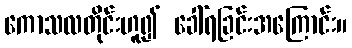
ကောသလတိုင်းဟူ၍ ခေါ်ရခြင်းအကြောင်း။